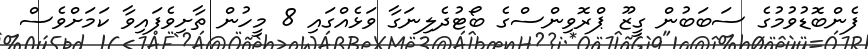
ފެންބޮޑުވުމުގެ ސަބަބުން ގީޒޫ ޕްރޮވިންސްގެ ބޯޓުދެލިނަގާ ވަޅެއްގައި 8 މީހުން ތާށިވެފައިވާ ކަމަށްވެސް